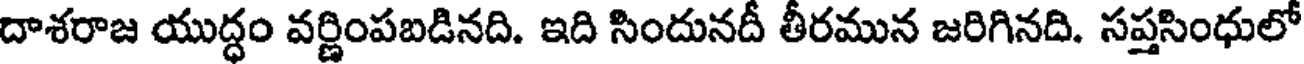
దాశరాజ యుద్ధం వర్ణింపబడినది. ఇది సిందునదీ తీరమున జరిగినది. సప్తసింధులో